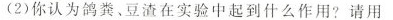
(2)你认为鸽粪。豆渣在实验中起到什么作用?请用